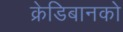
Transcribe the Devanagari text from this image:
क्रेडिबानको